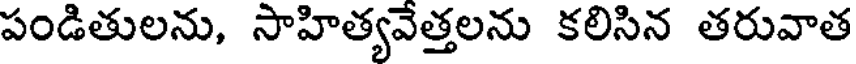
పండితులను, సాహిత్యవేత్తలను కలిసిన తరువాత